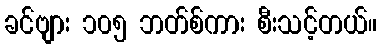
ခင်ဗျား ၁၀၅ ဘတ်စ်ကား စီးသင့်တယ်။